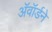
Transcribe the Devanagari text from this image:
अॅवॉर्डने